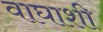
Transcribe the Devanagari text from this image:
वाघाशी